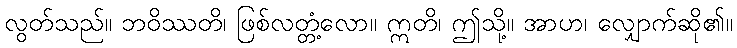
လွတ်သည်။ ဘဝိဿတိ၊ ဖြစ်လတ္တံ့လော။ ဣတိ၊ ဤသို့။ အာဟ၊ လျှောက်ဆို၏။